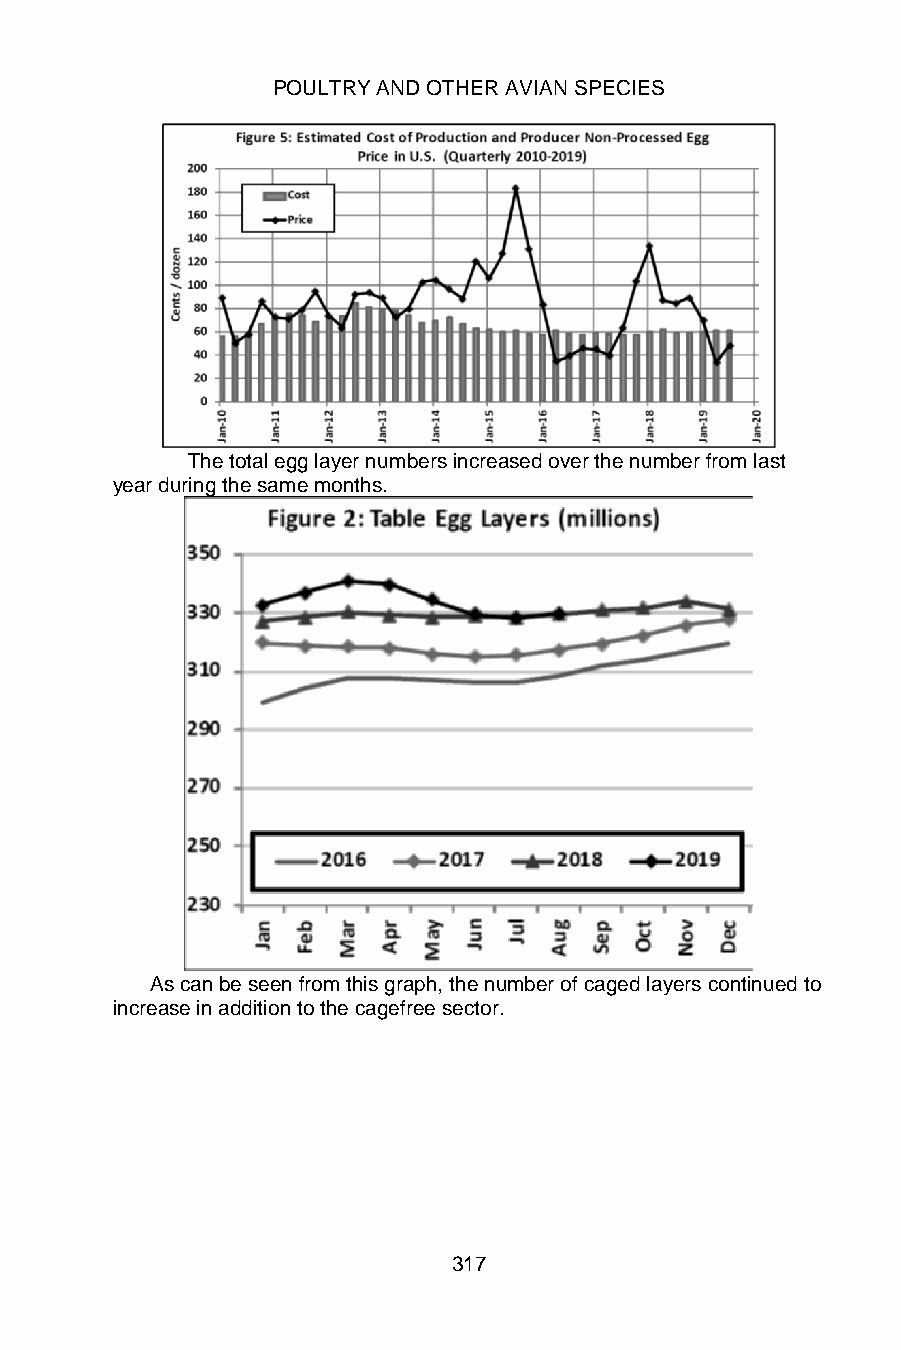
POULTRY AND OTHER AVIAN SPECIES
 The total egg layer numbers increased over the number from last
 year during the same months.
 As can be seen from this graph, the number of caged layers continued to
 increase in addition to the cagefree sector.
 317